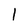
Character: l